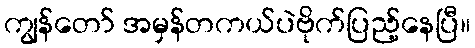
ကျွန်တော် အမှန်တကယ်ပဲဗိုက်ပြည့်နေပြီ။